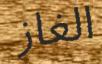
الغاز